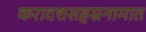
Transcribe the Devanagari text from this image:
करादशसहस्रनामात